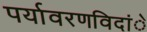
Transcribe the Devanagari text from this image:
पर्यावरणविदांे